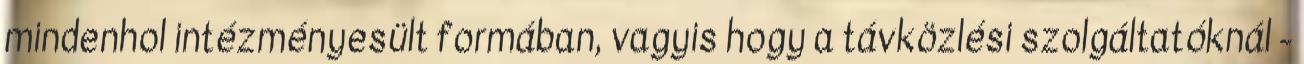
mindenhol intézményesült formában, vagyis hogy a távközlési szolgáltatóknál -